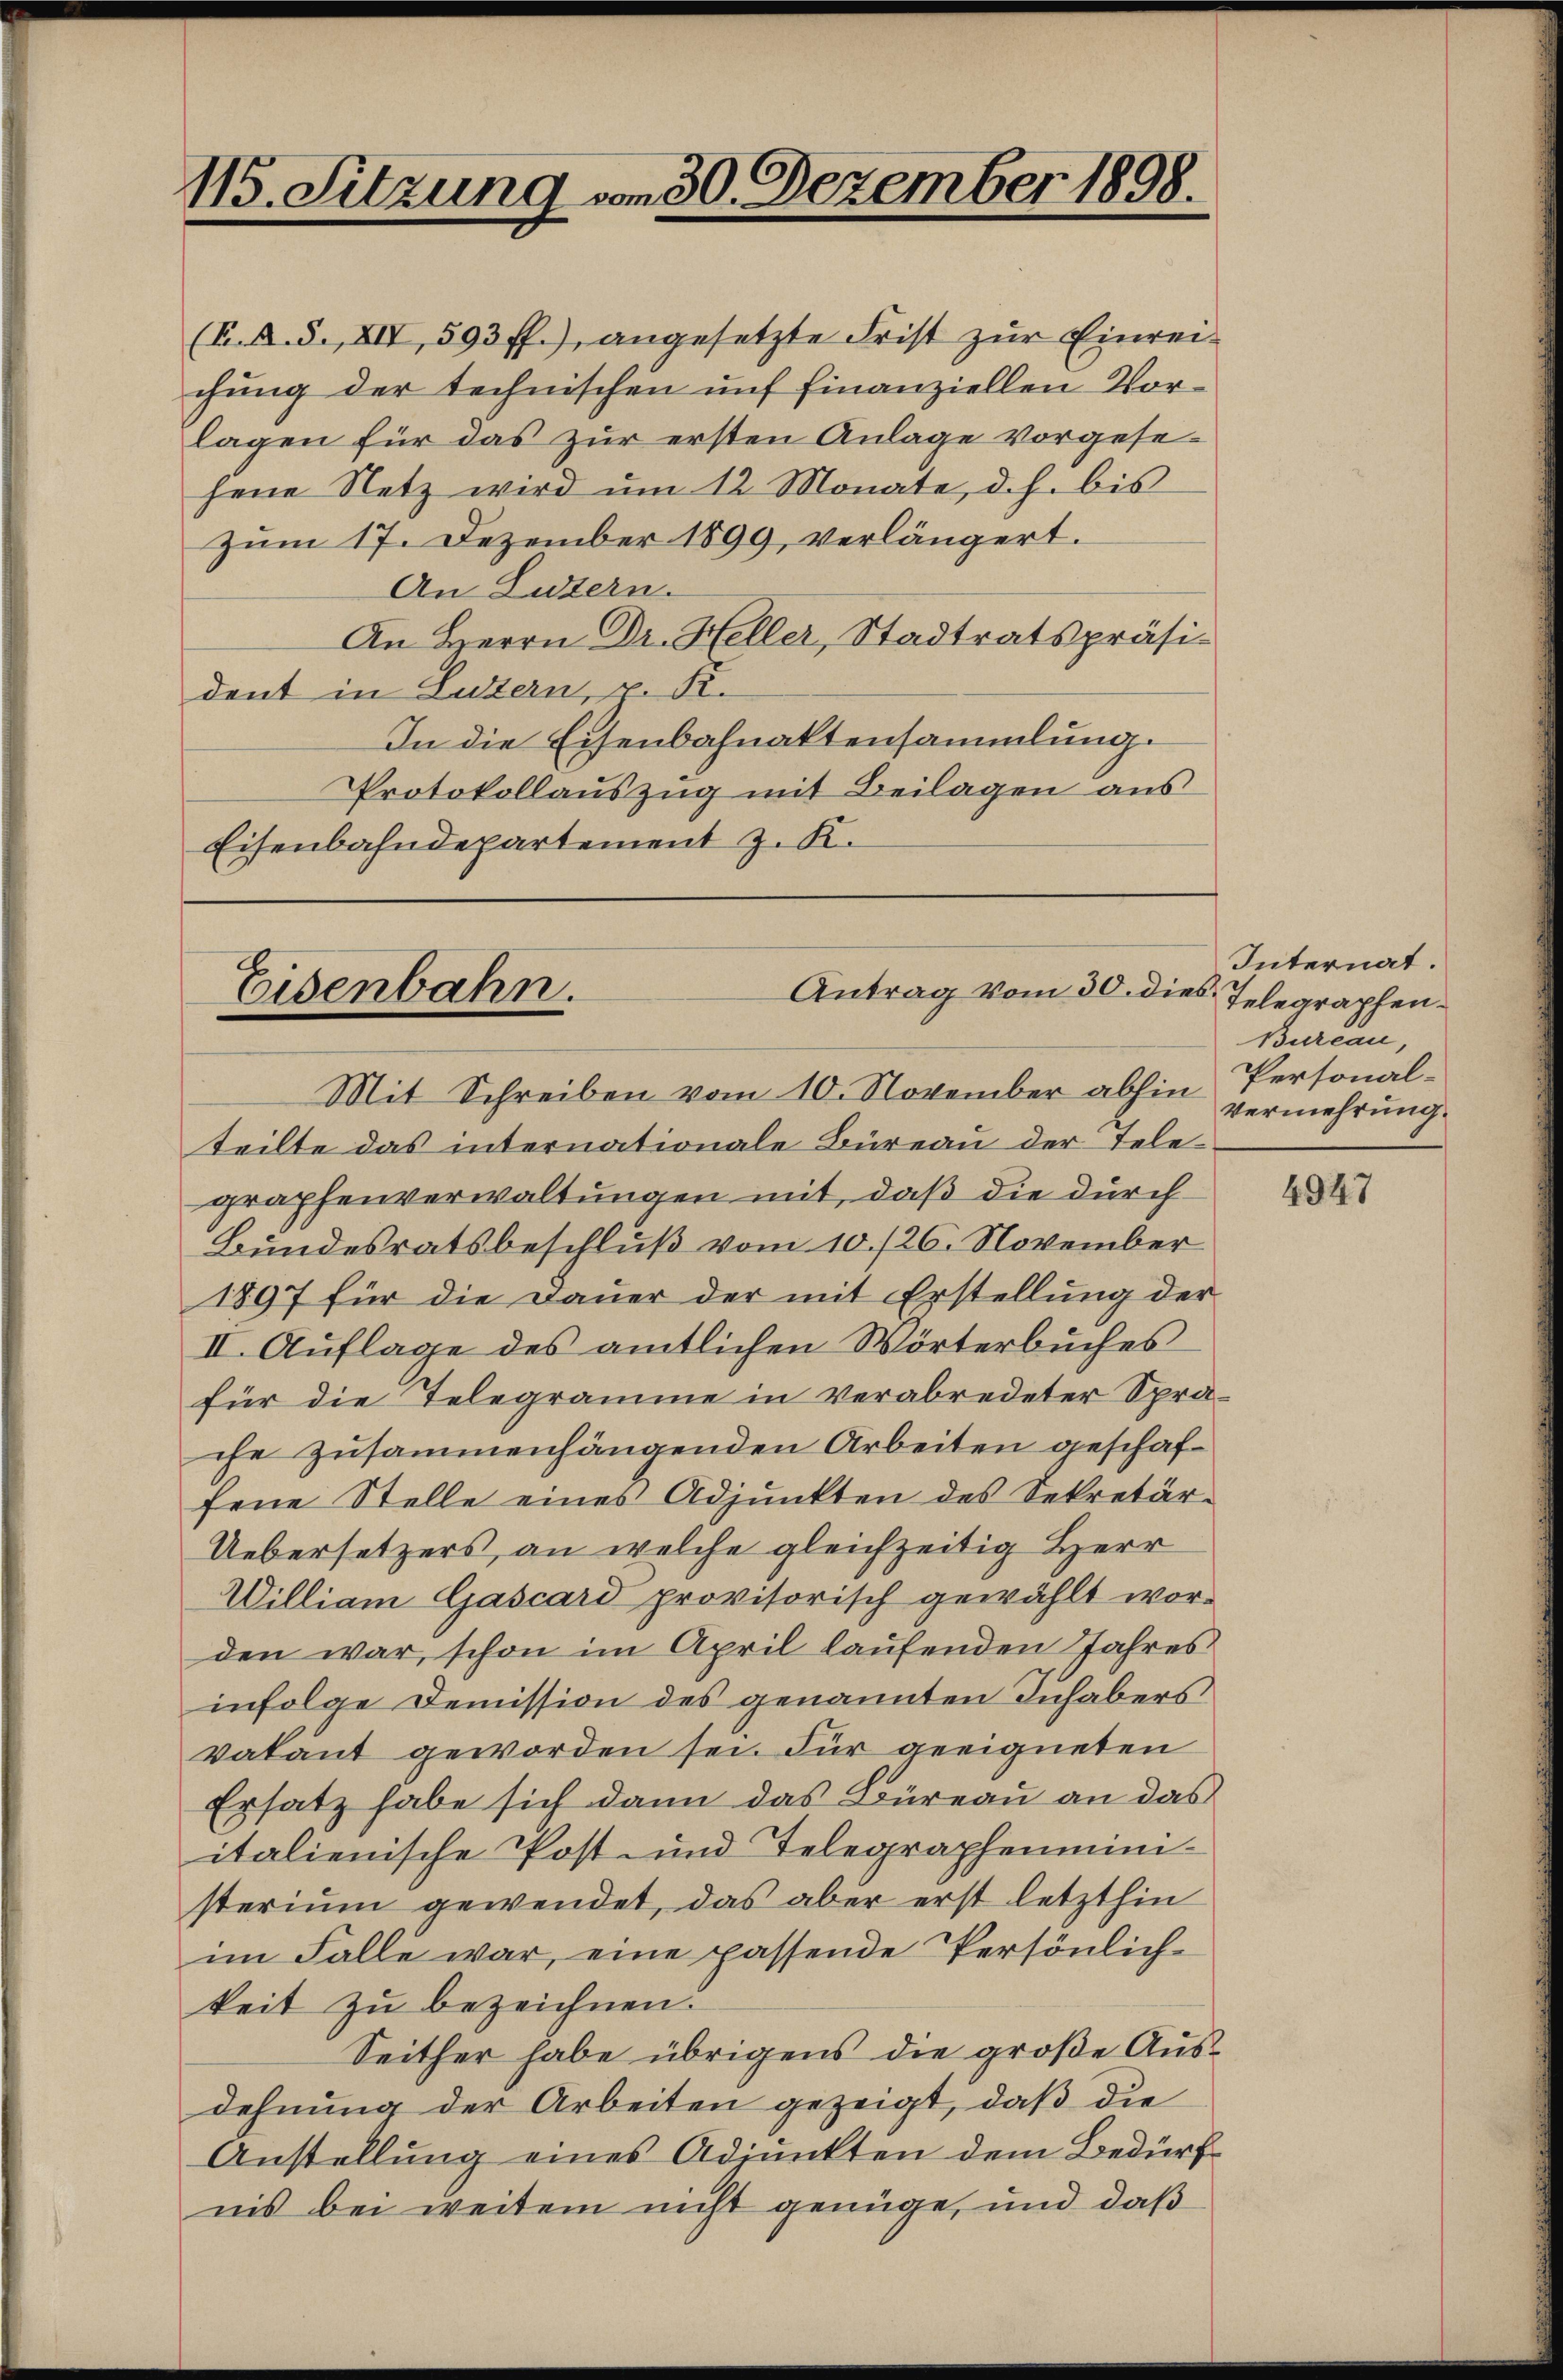
115. Sitzung vom 30. Dezember 1898.

(K. A. S. XII, 593 ff.) angesetzte Frist zŭr Einrei-
chung der technischen uns finanziellen Vorlagen für das zur ersten Anlage vorgesehene Netz wird ŭm 12 Monate, d. h. bis
Zum 17. Dezember 1899, verlängert.
An Luzern.
An Herrn Dr. Heller, Stadtratspräsident in Luzern, v. R.
In die Eisenbahnaktensammlung.
Protokollauszug mit Beilagen aus
Eisenbahndepartement z. K.

Antrag vom 30. dies
Eisenbahn.

Mit Schreiben vom 10. November abhin Personalteilte das internationale Büreau der Telegraphenverwaltungen mit, daß die durch
Bundesratsbeschluß vom 10./26. November
1897 für die Dauer der mit Erstellung der
II. Auflage des amtlichen Wörterbuches
für die Telegramme in verabredeter Sprache zusammenhängenden Arbeiten geschaffene Stelle eines Adjunkten des Sekretär-
Uebersetzers, an welche gleichzeitig Herr
William Gascard provisorisch gewählt wor-
den war, schon im April laufenden Jahres
infolge Demission des genannten Inhabers
vakant geworden sei. Für geeigneten
Ersatz habe sich dann das Büreau an das
italienische Post- und Telegraphenministerium gewendet, das aber erst letzthin
im Falle war, eine passende Persönlich-
keit zu bezeichnen.
Seither habe übrigens die große Ausdehnung der Arbeiten gezeigt, daß die
Anstellung eines Adjunkten dem Bedürf
nis bei weitem nicht genüge, und daß

Internat.
Telegraphen.
Bureau,
Vermehrung.

4947